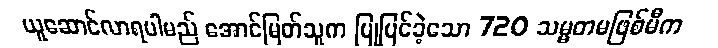
ယူဆောင်လာရပါမည် အောင်မြတ်သူက ပြုပြင်ခဲ့သော 720 သမ္မတမဖြစ်မီက